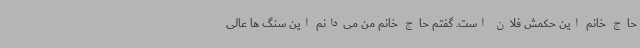
حاج خانم این حکمش فلان است. گفتم حاج خانم من می‌دانم این سنگ ها عالی